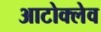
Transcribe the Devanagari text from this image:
आटोक्‍लेव